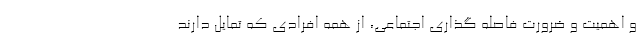
و اهمیت و ضرورت فاصله گذاری اجتماعی، از همه افرادی که تمایل دارند